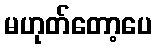
မဟုတ်တော့ပေ